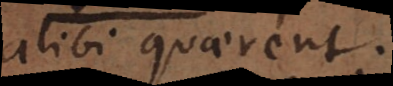
alibi quaerent.